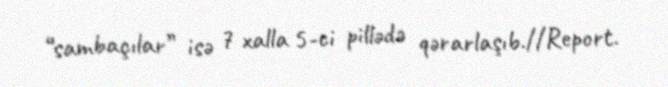
“sambaçılar” isə 7 xalla 5-ci pillədə qərarlaşıb.//Report.